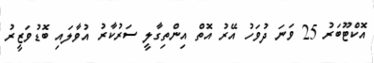
އޮކްޓޫބަރު 25 ވަނަ ދުވަހު އޭރު އޮތް އިންތިގާލީ ސަރުކާރު އުވާލައި ބޮޑުވަޒީރު